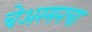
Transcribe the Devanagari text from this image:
चेअरमनचा